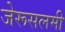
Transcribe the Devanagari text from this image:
जेरूसलमी